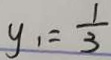
y _ { 1 } = \frac { 1 } { 3 }